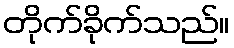
တိုက်ခိုက်သည်။